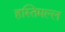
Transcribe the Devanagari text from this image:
हस्तिमल्ल